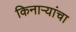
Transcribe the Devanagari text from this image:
किनाऱ्यांचा